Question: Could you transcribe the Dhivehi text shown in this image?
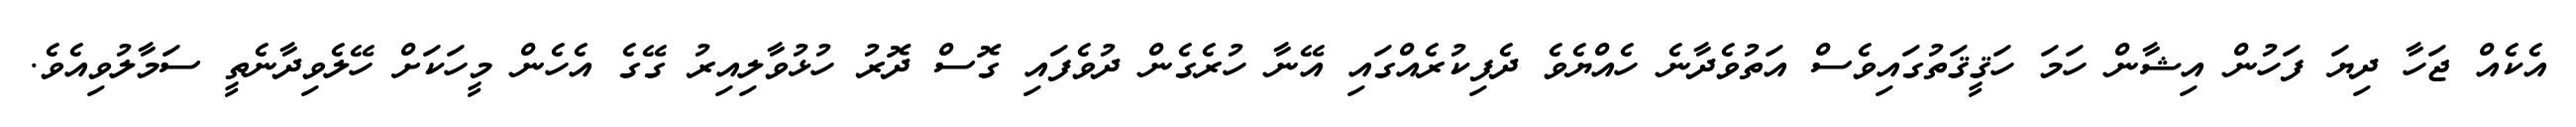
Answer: އެކެއް ޖަހާ ދިޔަ ފަހުން އިޝާން ހަމަ ހަޤީޤަތުގައިވެސް އަތުވެދާނެ ހެއްޔެވެ ދެފިކުރެއްގައި އޭނާ ހުރެގެން ދުވެފައި ގޮސް ދޮރު ހުޅުވާލިއިރު ގޭގެ އެހެން މީހަކަށް ހޭލެވިދާނެތީ ސަމާލުވިއެވެ.